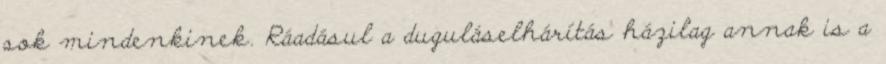
sok mindenkinek. Ráadásul a duguláselhárítás házilag annak is a